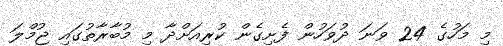
މި މަހުގެ 24 ވަނަ ދުވަހުން ފެށިގެން ކުރިއަށްދާ މި މުބާރާތުގައި ޖުމްލަ